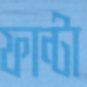
ফান্টা